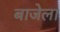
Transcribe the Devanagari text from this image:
बाजेला